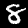
Label: 8